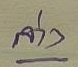
ล่าง